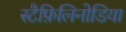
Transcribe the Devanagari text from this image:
स्टैफ़िलिनोडिया